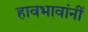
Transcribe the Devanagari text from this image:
हावभावांनीं